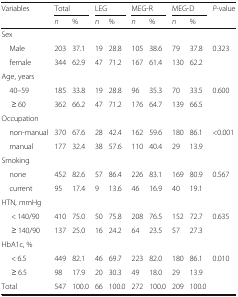
<table><thead><tr><td rowspan="2"><b>Variables</b></td><td colspan="2"><b>Total</b></td><td colspan="2"><b>LEG</b></td><td colspan="2"><b>MEG-R</b></td><td colspan="2"><b>MEG-D</b></td><td rowspan="2"><b><i>P</i>-value</b></td></tr><tr><td><b><i>n</i></b></td><td><b>%</b></td><td><b><i>n</i></b></td><td><b>%</b></td><td><b><i>n</i></b></td><td><b>%</b></td><td><b><i>n</i></b></td><td><b>%</b></td></tr></thead><tbody><tr><td colspan="10">Sex</td></tr><tr><td> Male</td><td>203</td><td>37.1</td><td>19</td><td>28.8</td><td>105</td><td>38.6</td><td>79</td><td>37.8</td><td rowspan="2">0.323</td></tr><tr><td> female</td><td>344</td><td>62.9</td><td>47</td><td>71.2</td><td>167</td><td>61.4</td><td>130</td><td>62.2</td></tr><tr><td colspan="10">Age, years</td></tr><tr><td> 40–59</td><td>185</td><td>33.8</td><td>19</td><td>28.8</td><td>96</td><td>35.3</td><td>70</td><td>33.5</td><td rowspan="2">0.600</td></tr><tr><td>≥ 60</td><td>362</td><td>66.2</td><td>47</td><td>71.2</td><td>176</td><td>64.7</td><td>139</td><td>66.5</td></tr><tr><td colspan="10">Occupation</td></tr><tr><td> non-manual</td><td>370</td><td>67.6</td><td>28</td><td>42.4</td><td>162</td><td>59.6</td><td>180</td><td>86.1</td><td rowspan="2">&lt;0.001</td></tr><tr><td> manual</td><td>177</td><td>32.4</td><td>38</td><td>57.6</td><td>110</td><td>40.4</td><td>29</td><td>13.9</td></tr><tr><td colspan="10">Smoking</td></tr><tr><td> none</td><td>452</td><td>82.6</td><td>57</td><td>86.4</td><td>226</td><td>83.1</td><td>169</td><td>80.9</td><td rowspan="2">0.567</td></tr><tr><td> current</td><td>95</td><td>17.4</td><td>9</td><td>13.6</td><td>46</td><td>16.9</td><td>40</td><td>19.1</td></tr><tr><td colspan="10">HTN, mmHg</td></tr><tr><td>&lt; 140/90</td><td>410</td><td>75.0</td><td>50</td><td>75.8</td><td>208</td><td>76.5</td><td>152</td><td>72.7</td><td rowspan="2">0.635</td></tr><tr><td>≥ 140/90</td><td>137</td><td>25.0</td><td>16</td><td>24.2</td><td>64</td><td>23.5</td><td>57</td><td>27.3</td></tr><tr><td colspan="10">HbA1c, %</td></tr><tr><td>&lt; 6.5</td><td>449</td><td>82.1</td><td>46</td><td>69.7</td><td>223</td><td>82.0</td><td>180</td><td>86.1</td><td rowspan="2">0.010</td></tr><tr><td>≥ 6.5</td><td>98</td><td>17.9</td><td>20</td><td>30.3</td><td>49</td><td>18.0</td><td>29</td><td>13.9</td></tr><tr><td>Total</td><td>547</td><td>100.0</td><td>66</td><td>100.0</td><td>272</td><td>100.0</td><td>209</td><td>100.0</td><td></td></tr></tbody></table>